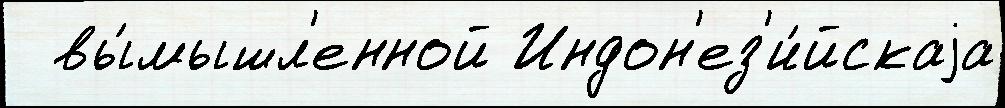
  вы́мышл'енной Индон'ез'и́йскаjа